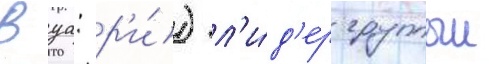
Вуа: р'и́) л'и́д'ер группыи